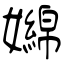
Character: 嬵